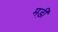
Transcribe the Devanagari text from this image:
मड़ी